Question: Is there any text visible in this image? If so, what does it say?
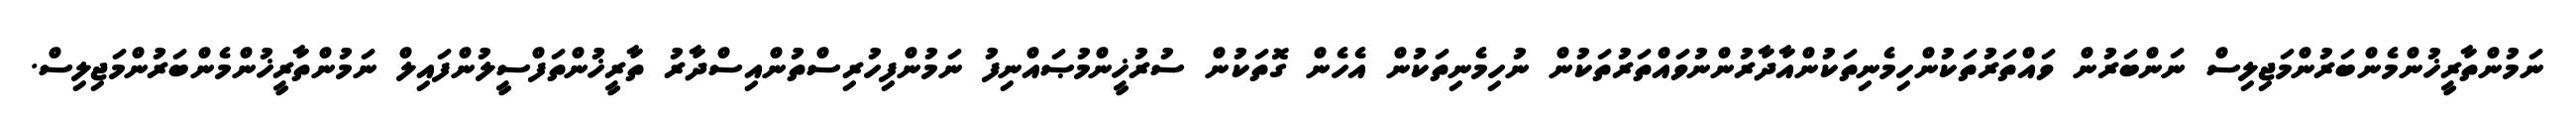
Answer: ނަމުންތާރީޚުންމެންބަރުންމަޖިލިސް ނަންބަރުން ވައްތަރުތަކުންހިމެނިތަކުންއާދާރުންނުވައްތަރުތަކުން ނުހިމެނިތަކުން އެހެން ގޮތަކުން ސުރުޚީންމުޞައްނިފު ނަމުންފިހުރިސްތުންއިސްދާރު ތާރީޚުންތަފްސީލުންފައިލް ނަމުންތާރީޚުންމެންބަރުންމަޖިލިސް.